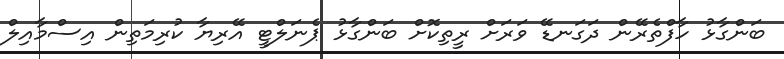
ބަންގާޅު ހާފްތެރޭން ދަގަނޑޭ ވަރަށް ރީތިކޮށް ބަންގާޅު ޕެނަލްޓީ އޭރިޔާ ކުރިމަތިން އިސްމާއިލް